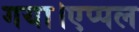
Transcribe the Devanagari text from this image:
गया।एप्पल